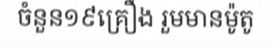
ចំនួន១៩គ្រឿង រួមមានម៉ូតូ